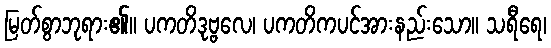
မြတ်စွာဘုရား၏။ ပကတိဒုဗ္ဗလေ၊ ပကတိကပင်အားနည်းသော။ သရီရေ၊